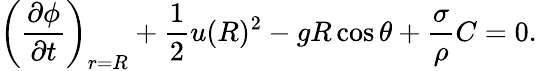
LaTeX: \left(\frac{\partial\phi}{\partial t}\right)_{r=R}+\frac{1}{2}u(R)^{2}-gR\cos\theta+\frac{\sigma}{\rho}C=0.